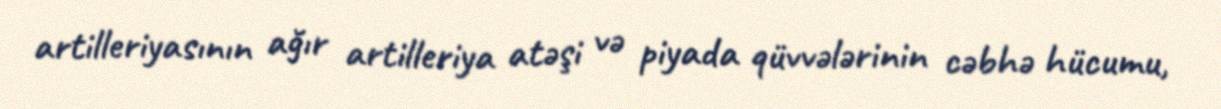
artilleriyasının ağır artilleriya atəşi və piyada qüvvələrinin cəbhə hücumu,